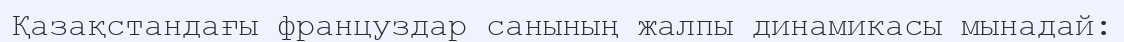
Қазақстандағы француздар санының жалпы динамикасы мынадай: